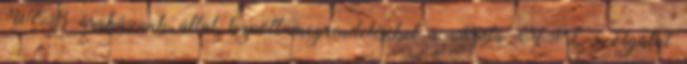
WEB áruházunk által kapott megrendeléseket a Posta MPL szolgálat